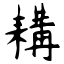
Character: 耩